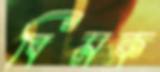
বিমক